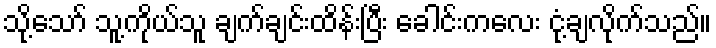
သို့သော် သူ့ကိုယ်သူ ချက်ချင်းထိန်းပြီး ခေါင်းကလေး ငုံ့ချလိုက်သည်။